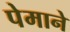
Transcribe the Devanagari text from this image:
पेमाने